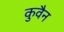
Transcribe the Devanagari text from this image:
कुवैन